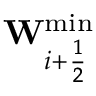
\mathbf { W } _ { i + \frac { 1 } { 2 } } ^ { \operatorname* { m i n } }